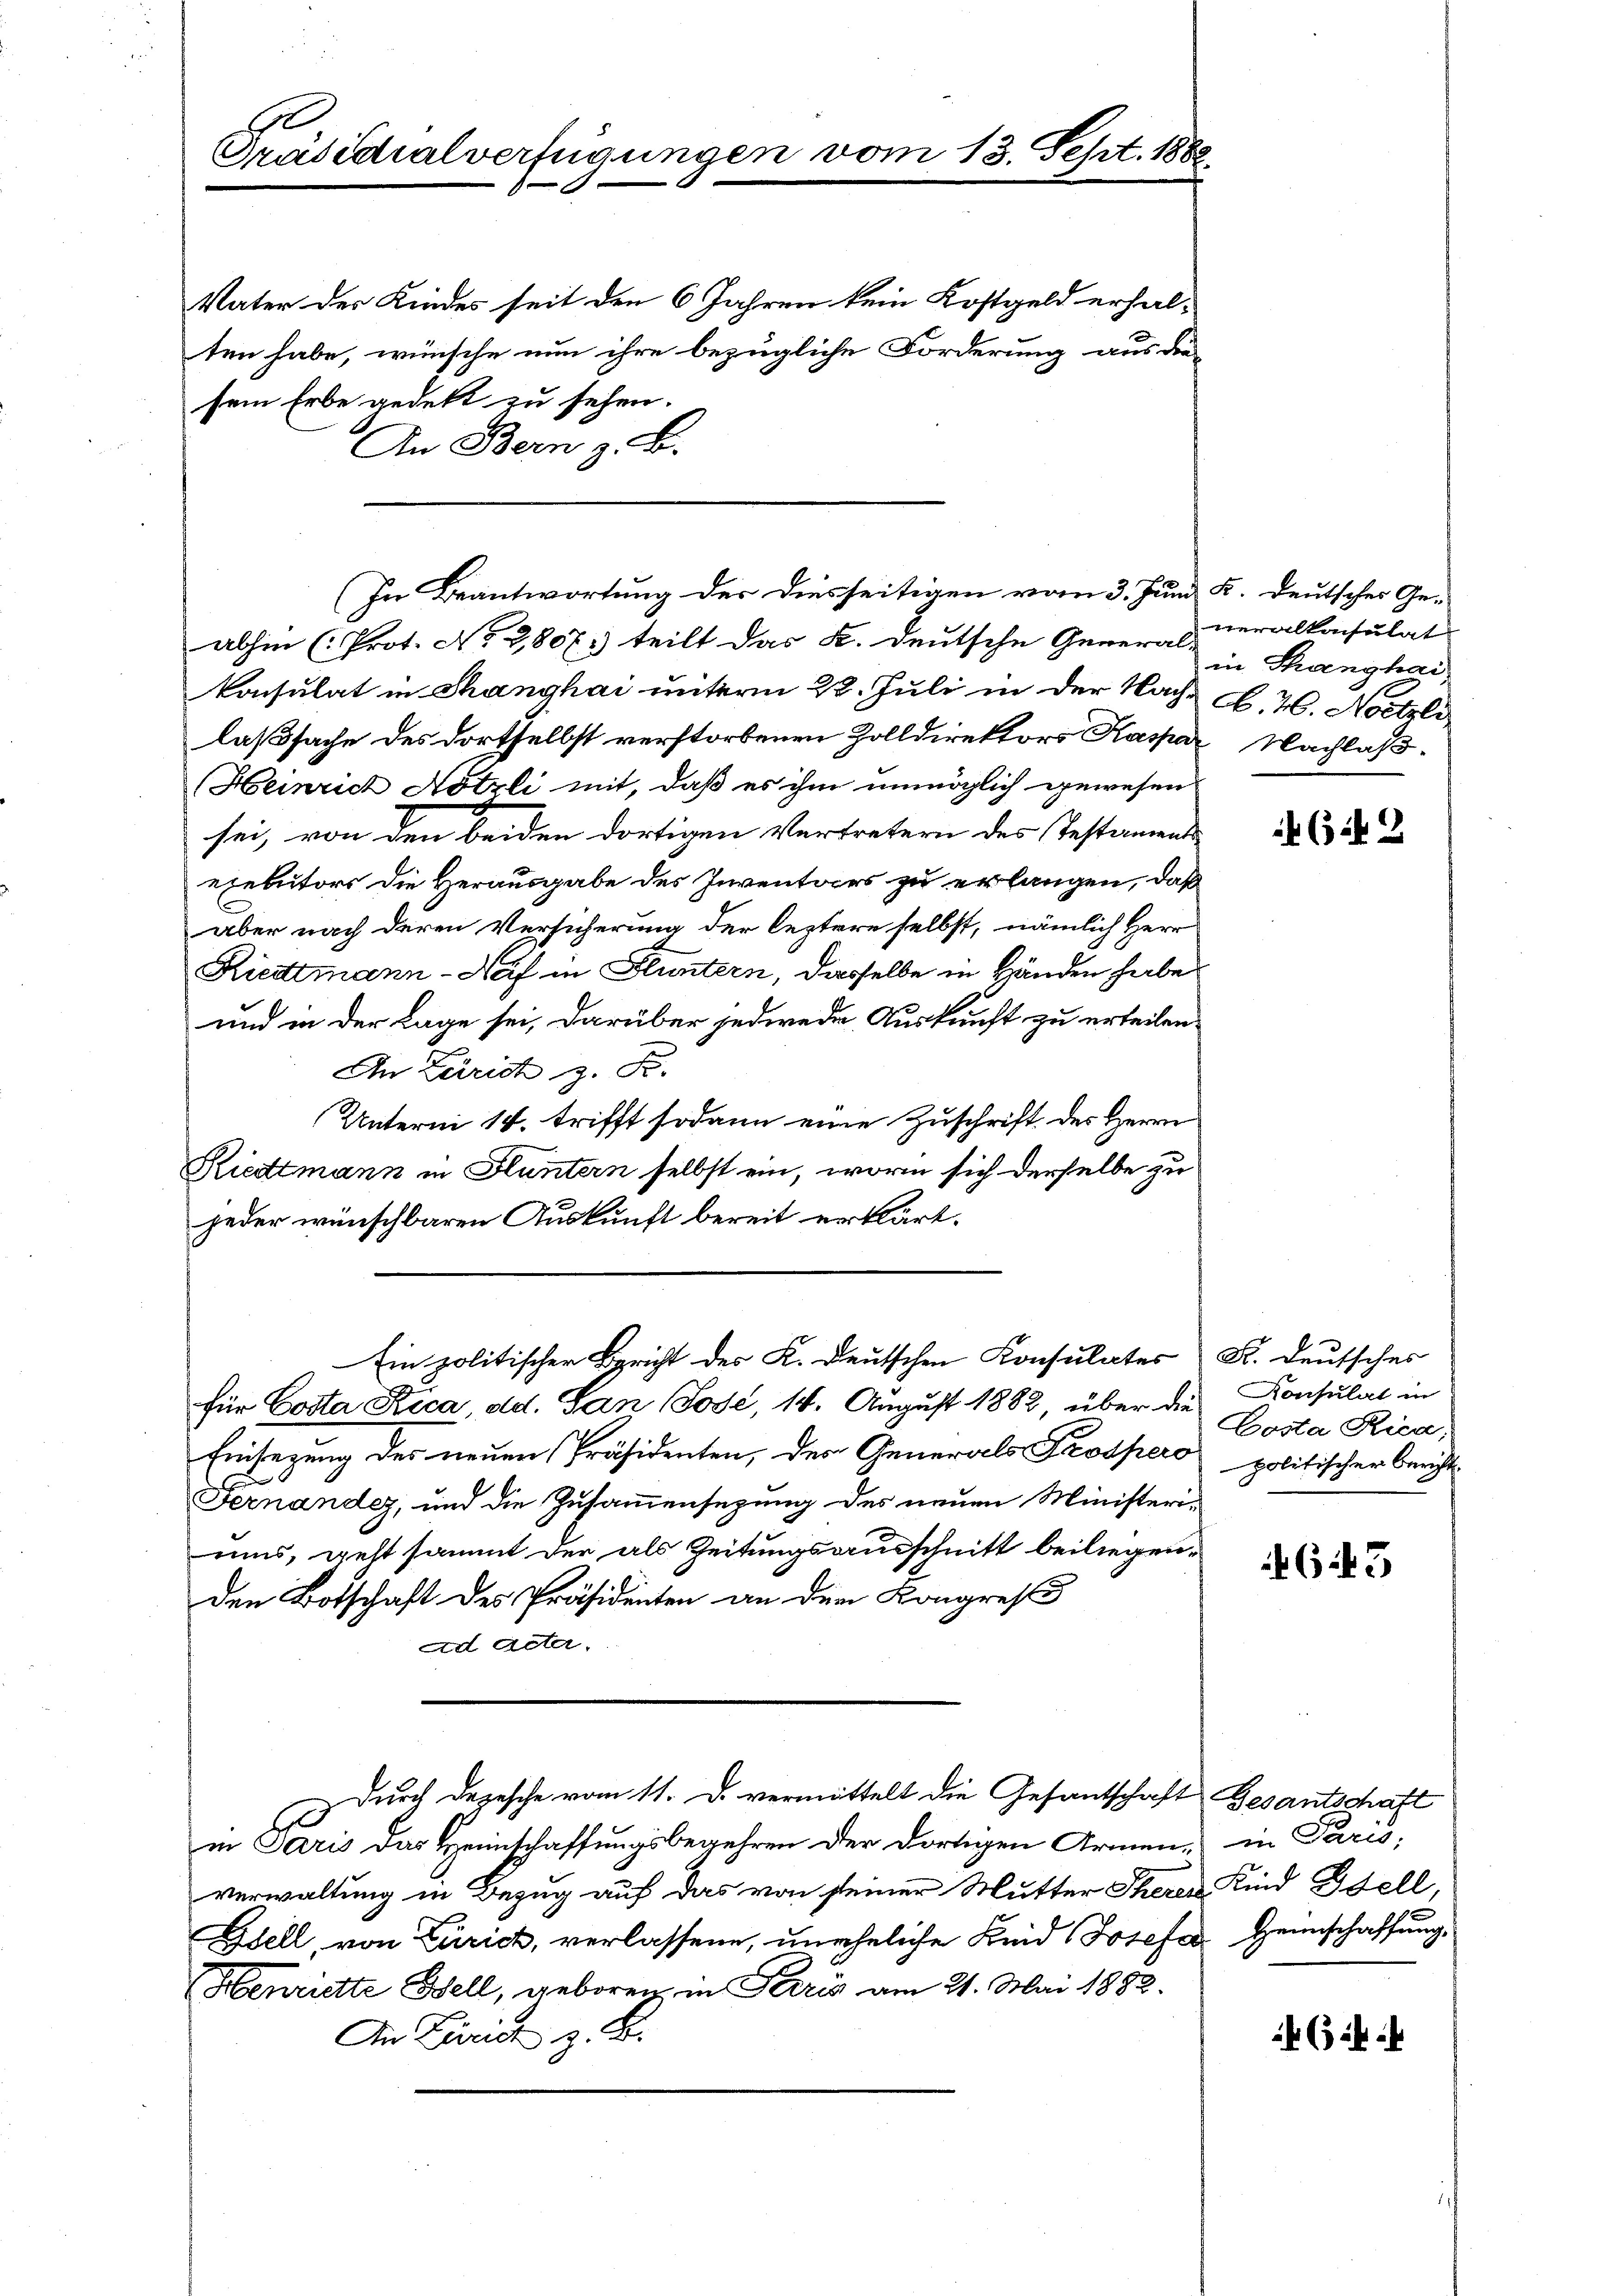
Präsidialverfügungen vom 13. Sept. 1882

Vater der Kindes seit den 6 Jahren kein Kostgeld erhalten habe, wünsche nun ihre bezügliche Forderung aus die-
sem Erbe gedekt zu sehen.
An Bern z. B.
abhin (Prot. No 2807. teilt das K. deutsche General-
konsulat in Changhai unterm 22. Juli in der Nach S. 46. Noctzli
laßsache des dortselbst verstorbenen Zolldirektors Kaspar
Heinrich Nötzli mit, daß es ihm unmöglich gewesen
sei, von den beiden dortigen Vertretern des Testaments
exebitors die Herausgabe des Inventars zu erlangen, daß
aber nach deren Versicherung der leztere selbst, nämlich Herr
Riedtmann-Neif in Fluntern, dasselbe in Händen habe
und in der Lage sei, darüber jedweder Auskunft zu erteilen.
An Zürich z. Fr.
Unterm 14. trifft sodann eine Zuschrift des Herrn
Riedtmann in Fluntern selbst ein, worin sich derselbe zu
jeder wünschbaren Auskunft bereit erklärt.
Ein politischer Bericht der K. Deutschen Konsulates
für Costa Rica, ad. Tan (José, 14. August 1882, über die
Einsezung des neuen Präsidenten, des Generals Prospero
Fernander, und die Zusammensezung des neuen Ministeriums, geht sammt der als Zeitungsausschnitt beiliegenden Botschaft des Präsidenten an dem Kongress
Ad Acter.
durch Depesche vom 11. D. vermittelt die Gesandtschaft Besantschaft
in Paris das Heimschaffungsbegehren der dortigen Armen, in Paris;
verwaltung in Bezug auf das von seiner Mutter Theren Kind Gfell,
Edell, von Zürich, verlassene, uneheliche Kind Josefa Heimschaffung
Henriette Bell, geboren, in Perić am 21. Mai 1888.
An Zürich z. B.

(In Beantwortung der diesseitigen vom 3. Juni K. deutsches Ge-

veralkonsulat
in Thanghai
Nachlaß.

469

F. Deutsches
Konsulat in
Costa Rica,
politischer Bericht

643